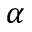
\alpha